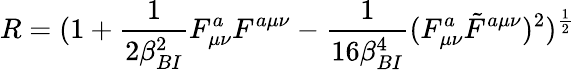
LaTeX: R=(1+{\frac{1}{2\beta_{BI}^{2}}}F_{\mu\nu}^{a}F^{a\mu\nu}-{\frac{1}{16\beta_{BI}^{4}}}(F_{\mu\nu}^{a}\tilde{F}^{a\mu\nu})^{2})^{\frac{1}{2}}